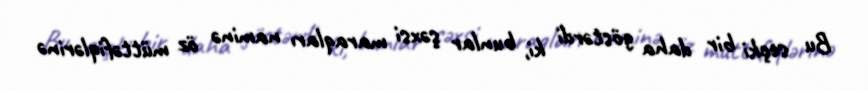
Bu seçki bir daha göstərdi ki, bunlar şəxsi maraqları naminə öz müttəfiqlərinə